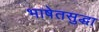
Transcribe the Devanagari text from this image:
भाषेतसुद्धा